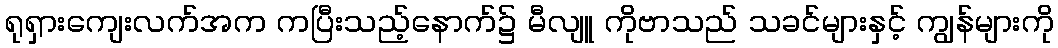
ရုရှားကျေးလက်အက ကပြီးသည့်နောက်၌ မီလျူ ကိုဗာသည် သခင်များနှင့် ကျွန်များကို